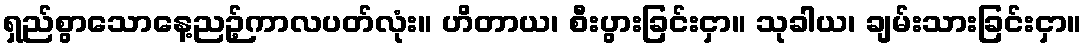
ရှည်စွာသောနေ့ညဉ့်ကာလပတ်လုံး။ ဟိတာယ၊ စီးပွားခြင်းငှာ။ သုခါယ၊ ချမ်းသားခြင်းငှာ။